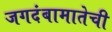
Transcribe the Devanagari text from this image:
जगदंबामातेची